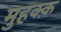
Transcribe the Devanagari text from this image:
मुहक्क़